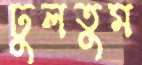
ঢুলতুম